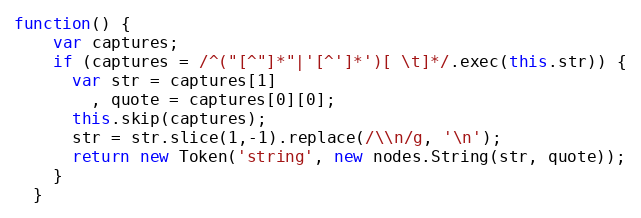
Language: JavaScript
function() {
    var captures;
    if (captures = /^("[^"]*"|'[^']*')[ \t]*/.exec(this.str)) {
      var str = captures[1]
        , quote = captures[0][0];
      this.skip(captures);
      str = str.slice(1,-1).replace(/\\n/g, '\n');
      return new Token('string', new nodes.String(str, quote));
    }
  }